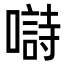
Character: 𡀗